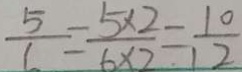
\frac { 5 } { 6 } = \frac { 5 \times 2 } { 6 \times 2 } = \frac { 1 0 } { 1 2 }